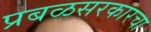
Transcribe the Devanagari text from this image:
प्रबळसरकारचा